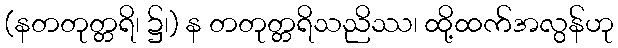
(နတတုတ္တရိ၊ ၌၊) န တတုတ္တရိသညိဿ၊ ထို့ထက်အလွန်ဟု